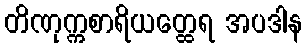
တိဏုက္ကစာရိယတ္ထေရ အပဒါန